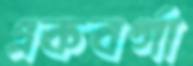
একবর্গা